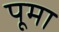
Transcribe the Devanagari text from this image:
पूमा